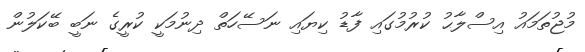
މުޖުތަމައު އިސްލާޙު ކުރުމުގައި ފާޑު ކިޔައި ނަސޭހަތް ދިނުމަކީ ކުރީގެ ނަބީ ބޭކަލުން